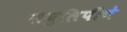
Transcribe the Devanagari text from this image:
लघुलिपीचे